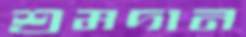
শ্রমদান